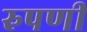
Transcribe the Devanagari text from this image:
रुपणी